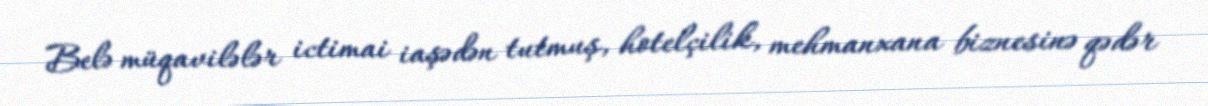
Belə müqavilələr ictimai iaşədən tutmuş, hotelçilik, mehmanxana biznesinə qədər